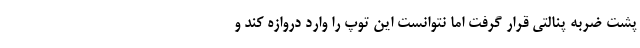
پشت ضربه پنالتی قرار گرفت اما نتوانست این توپ را وارد دروازه کند و